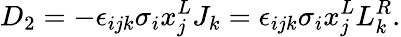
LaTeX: D_{2}=-\epsilon_{ijk}\sigma_{i}x_{j}^{L}J_{k}=\epsilon_{ijk}\sigma_{i}x_{j}^{L}L_{k}^{R}.